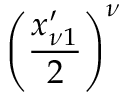
\left( \frac { x _ { \nu 1 } ^ { \prime } } { 2 } \right) ^ { \nu }